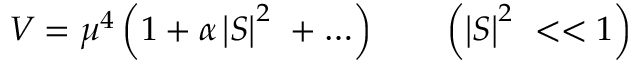
V = \mu ^ { 4 } \left( 1 + \alpha \left| S \right| ^ { 2 } \ + \ldots \right) \qquad \left( \left| S \right| ^ { 2 } \ < < 1 \right)